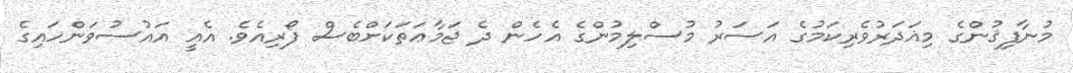
މުނާފިޤުންގެ މިޣަދަރުވެރިކަމުގެ އަސަރު މުސްލިމުންގެ އެހެން ދެ ޖަމާޢަތަކަށްބެސް ފޯރިއެވެ. އެއީ އައުސުވަންހައިގެ